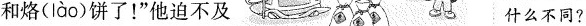
和烙( lào )饼了！”他迫不及 什么不同？